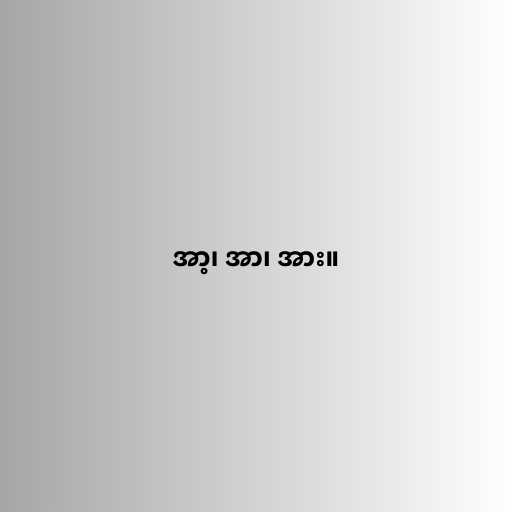
အာ့၊ အာ၊ အား။